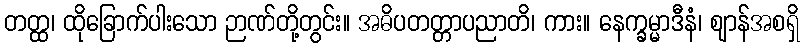
တတ္ထ၊ ထိုခြောက်ပါးသော ဉာဏ်တို့တွင်း။ အဓိပတတ္တာပညာတိ၊ ကား။ နေက္ခမ္မာဒီနံ၊ ဈာန်အစရှိ